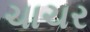
ચાચર